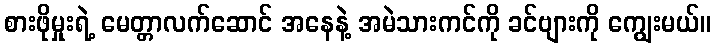
စားဖိုမှုးရဲ့ မေတ္တာလက်ဆောင် အနေနဲ့ အမဲသားကင်ကို ခင်ဗျားကို ကျွေးမယ်။